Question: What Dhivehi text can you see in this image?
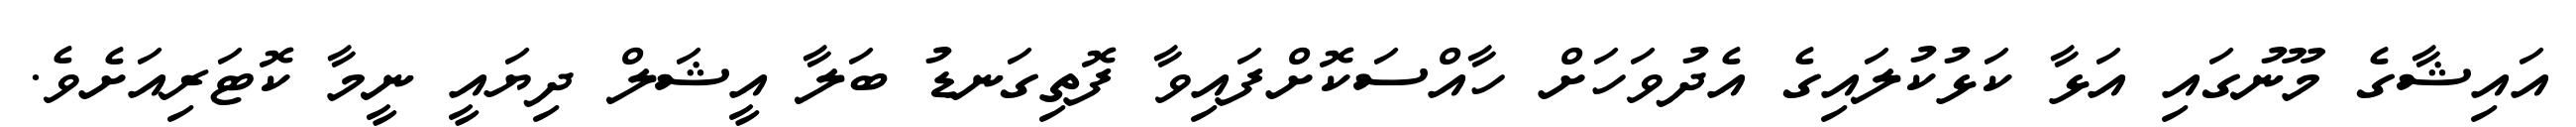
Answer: އައިޝާގެ މޫނުގައި އަޅާ ކަޅުކުލައިގެ އެދުވަހަށް ހާއްސަކޮށްފައިވާ ފޮތިގަނޑު ބަލާ އީޝަލް ދިޔައީ ނީމާ ކޮޓަރިއަށެވެ.